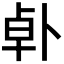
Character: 𪟿